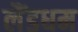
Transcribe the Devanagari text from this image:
लैंडधम